Manual of vaccination for the United Provinces of Agra and Oudh -
Year: 1903
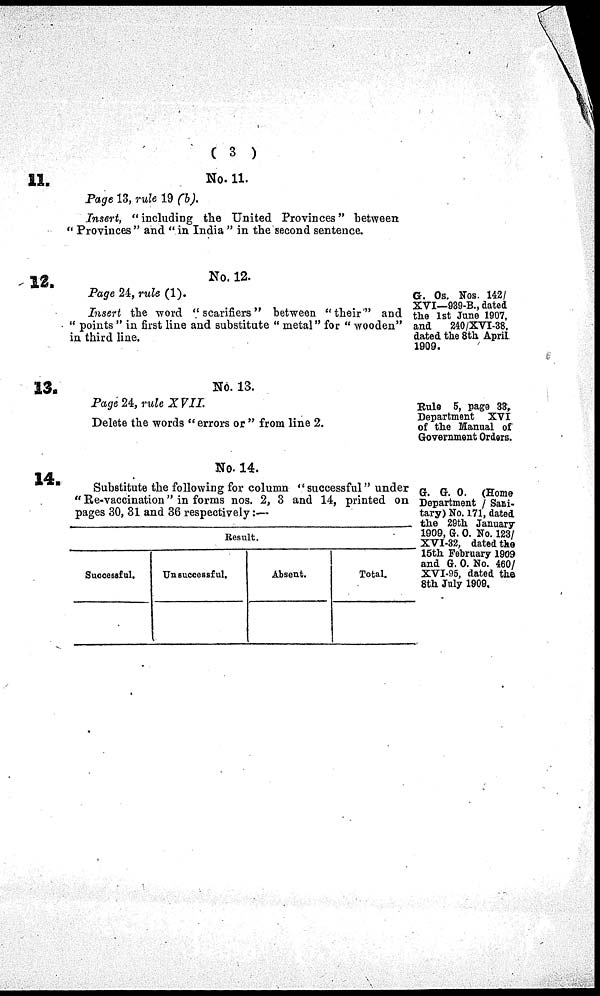
( 3 )
11.
12.
13.
14.
No. 11.
Page 13, rule 19 (b).
Insert, " including the United Provinces" between
" Provinces " and " in India " in the second sentence.
No. 12.
Page 24, rule (1).
Insert the word "scarifiers" between "their'" and
" points " in first line and substitute " metal" for " wooden"
in third line.
No. 13.
Page 24, rule XVII.
Delete the words "errors or " from line 2.
No. 14.
Substitute the following for column "successful" under
" Re-vaccination" in forms nos. 2, 3 and 14, printed on
pages 30, 31 and 36 respectively:—
Result.
Successful.
Unsuccessful.
Absent.
Total.
G. Os. Nos. 142/
XVI—939-B., dated
the 1st Jane 1907,
and 240/XVI-38,
dated the 8th April
1909.
Bale 5, page 38,
Department XVI
of the Manual of
Government Orders.
G. G. O. (Home
Department / Sani-
tary) No. 171, dated
the 29th January
1909, G. O. No. 123/
XVI-32, dated the
15th February 1909
and G. O. No. 460/
XVI-95, dated the
8th July 1909.